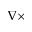
\nabla \times